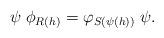
LaTeX: \begin{align*}\psi \; \phi_{R(h)} =\varphi_{S(\psi(h))} \; \psi.\end{align*}